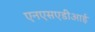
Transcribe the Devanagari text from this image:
एनएसएडीआई